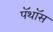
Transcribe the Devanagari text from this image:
पॅथॉस